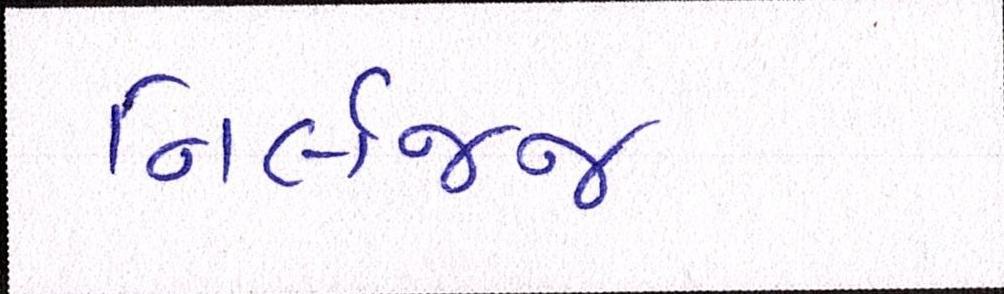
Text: નિર્લજ્જ